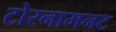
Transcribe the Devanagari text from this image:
टोरनामनट